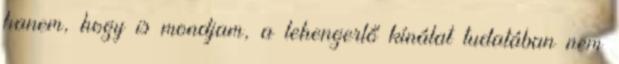
hanem, hogy is mondjam, a lehengerlő kínálat tudatában nem